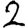
Digit: 2